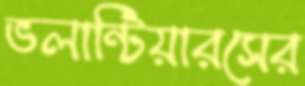
ভলান্টিয়ারসের